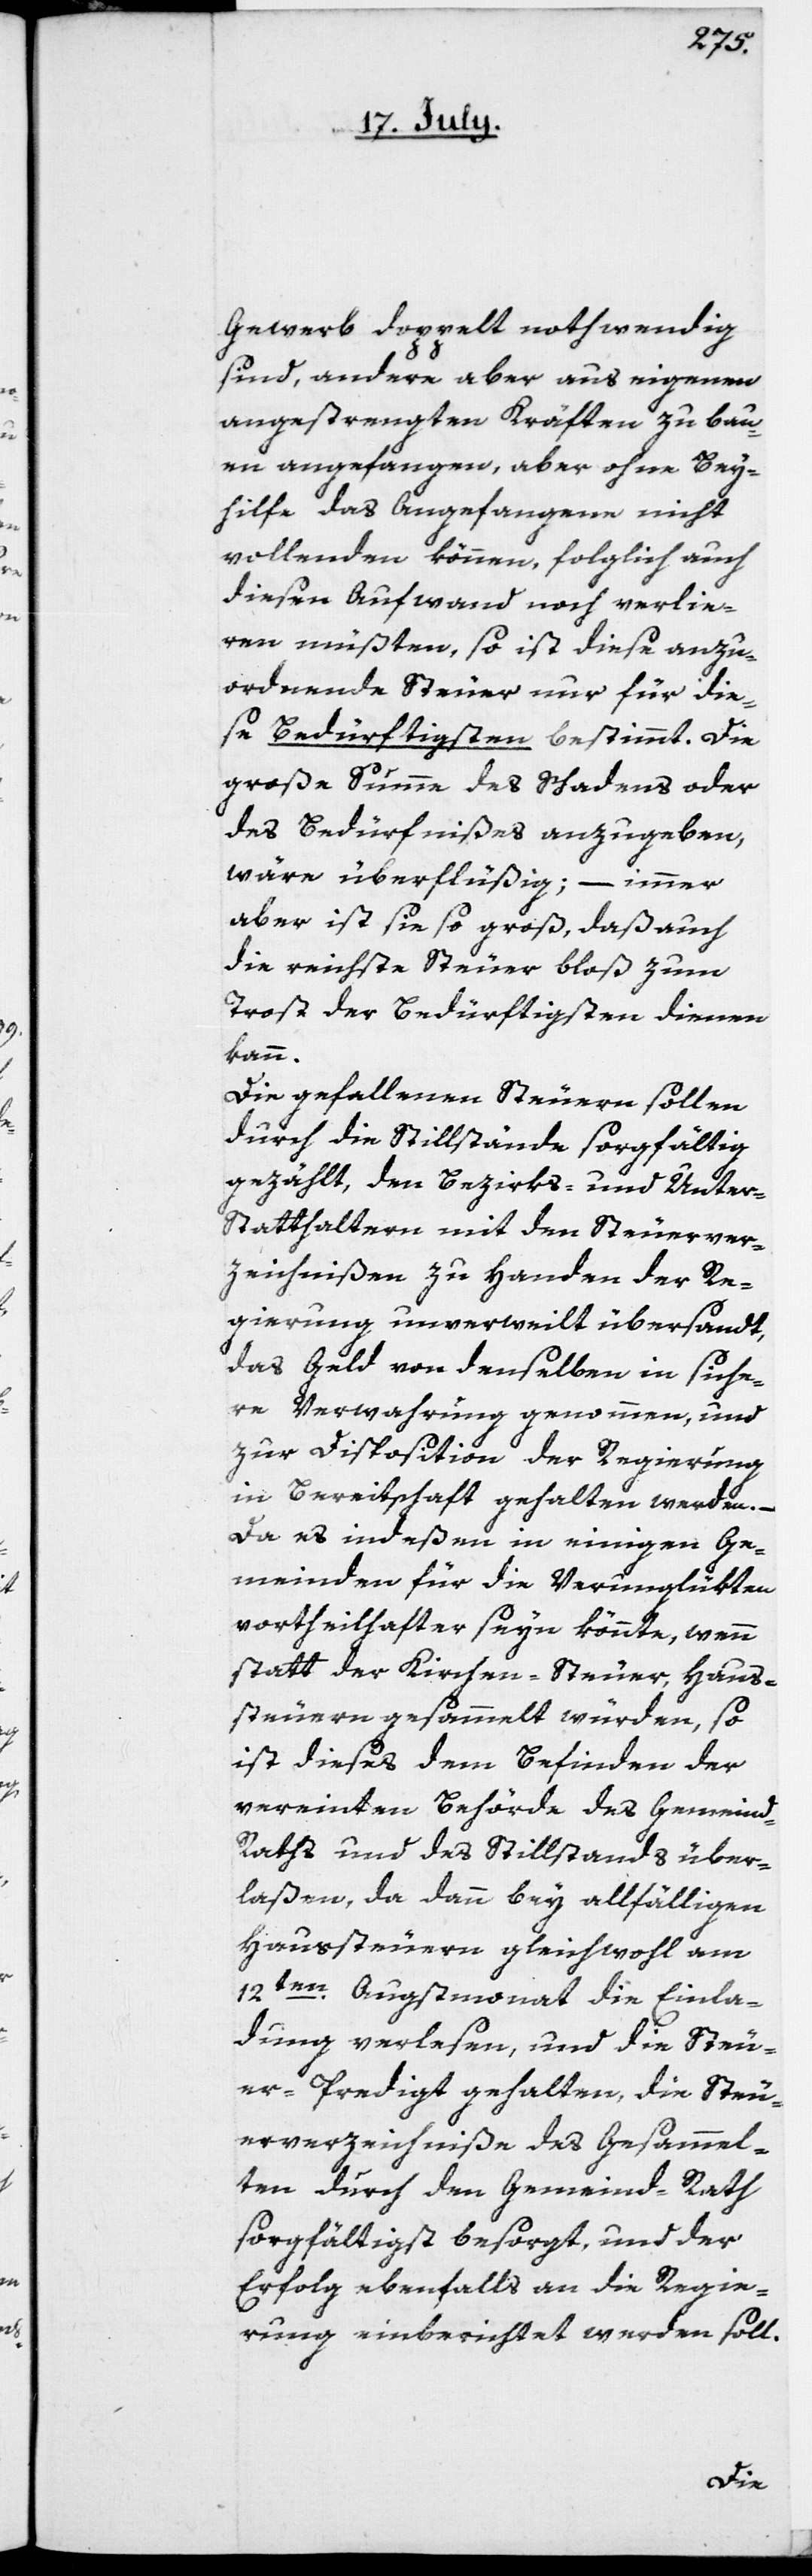
Gewerb doppelt nothwendig
sind, andere aber aus eigenen
angestrengten Kräften zu bau¬
en angefangen, aber ohne Bey¬
hilfe das Angefangene nicht
vollenden können, folglich auch
diesen Aufwand noch verlie¬
ren müßten, so ist diese anzu¬
ordnende Steuer nur für die¬
se Bedürftigsten bestimmt. Die
große Summe des Schadens oder
des Bedürfnißes anzugeben,
wäre überflüßig; – immer
aber ist sie so groß, daß auch
die reichste Steuer bloß zum
Trost der Bedürftigsten dienen
kann.
Die gefallenen Steuern sollen
durch die Stillstände sorgfältig
gezählt, den Bezirks- und Unter-S¬
tatthaltern mit den Steuerver¬
zeichnißen zu Handen der Re¬
gierung unverweilt übersandt,
das Geld von denselben in siche¬
re Verwahrung genommen und
zur Disposition der Regierung
in Bereitschaft gehalten werden.
Da es indeßen in einigen Ge¬
meinden für die Verunglükten
vortheilhafter seyn könnte, wenn
statt der Kirchen-Steuer, Haus¬
steuern gesammelt würden, so
ist dieses dem Befinden der
vereinten Behörde des Gemeind-R¬
aths und des Stillstands über¬
laßen, da dann bey allfälligen
Haussteuern gleichwohl am
12ten Augstmonat die Einla¬
dung verlesen, und die Steu¬
er-Predigt gehalten, die Steu¬
erverzeichniße des Gesammel¬
ten durch den Gemeind-Rath
sorgfältigst besorgt, und der
Erfolg ebenfalls an die Regie¬
rung einberichtet werden soll.